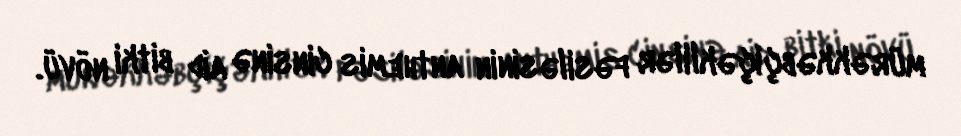
mürəkkəbçiçəklilər fəsiləsinin anthemis cinsinə aid bitki növü.